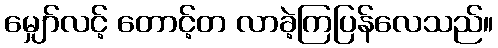
မျှော်လင့် တောင့်တ လာခဲ့ကြပြန်လေသည်။